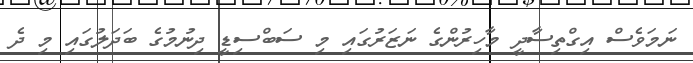
ނަމަވެސް އިގްތިސާދީ މާހިރުންގެ ނަޒަރުގައި މި ސަބްސިޑީ ދިނުމުގެ ބަދަލުގައި މި ދެ